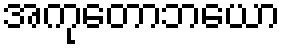
အကုတောဘယော